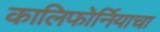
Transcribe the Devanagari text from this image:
कालिफोर्नियाचा